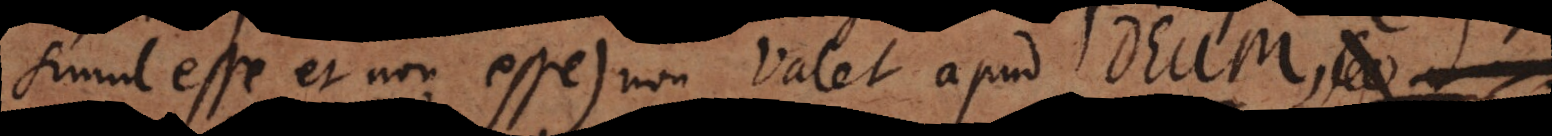
simul esse et non esse) non valet apud Deum